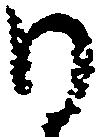
日